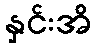
နှင်းအိ